Eesti_Rahvusfond, lk 90
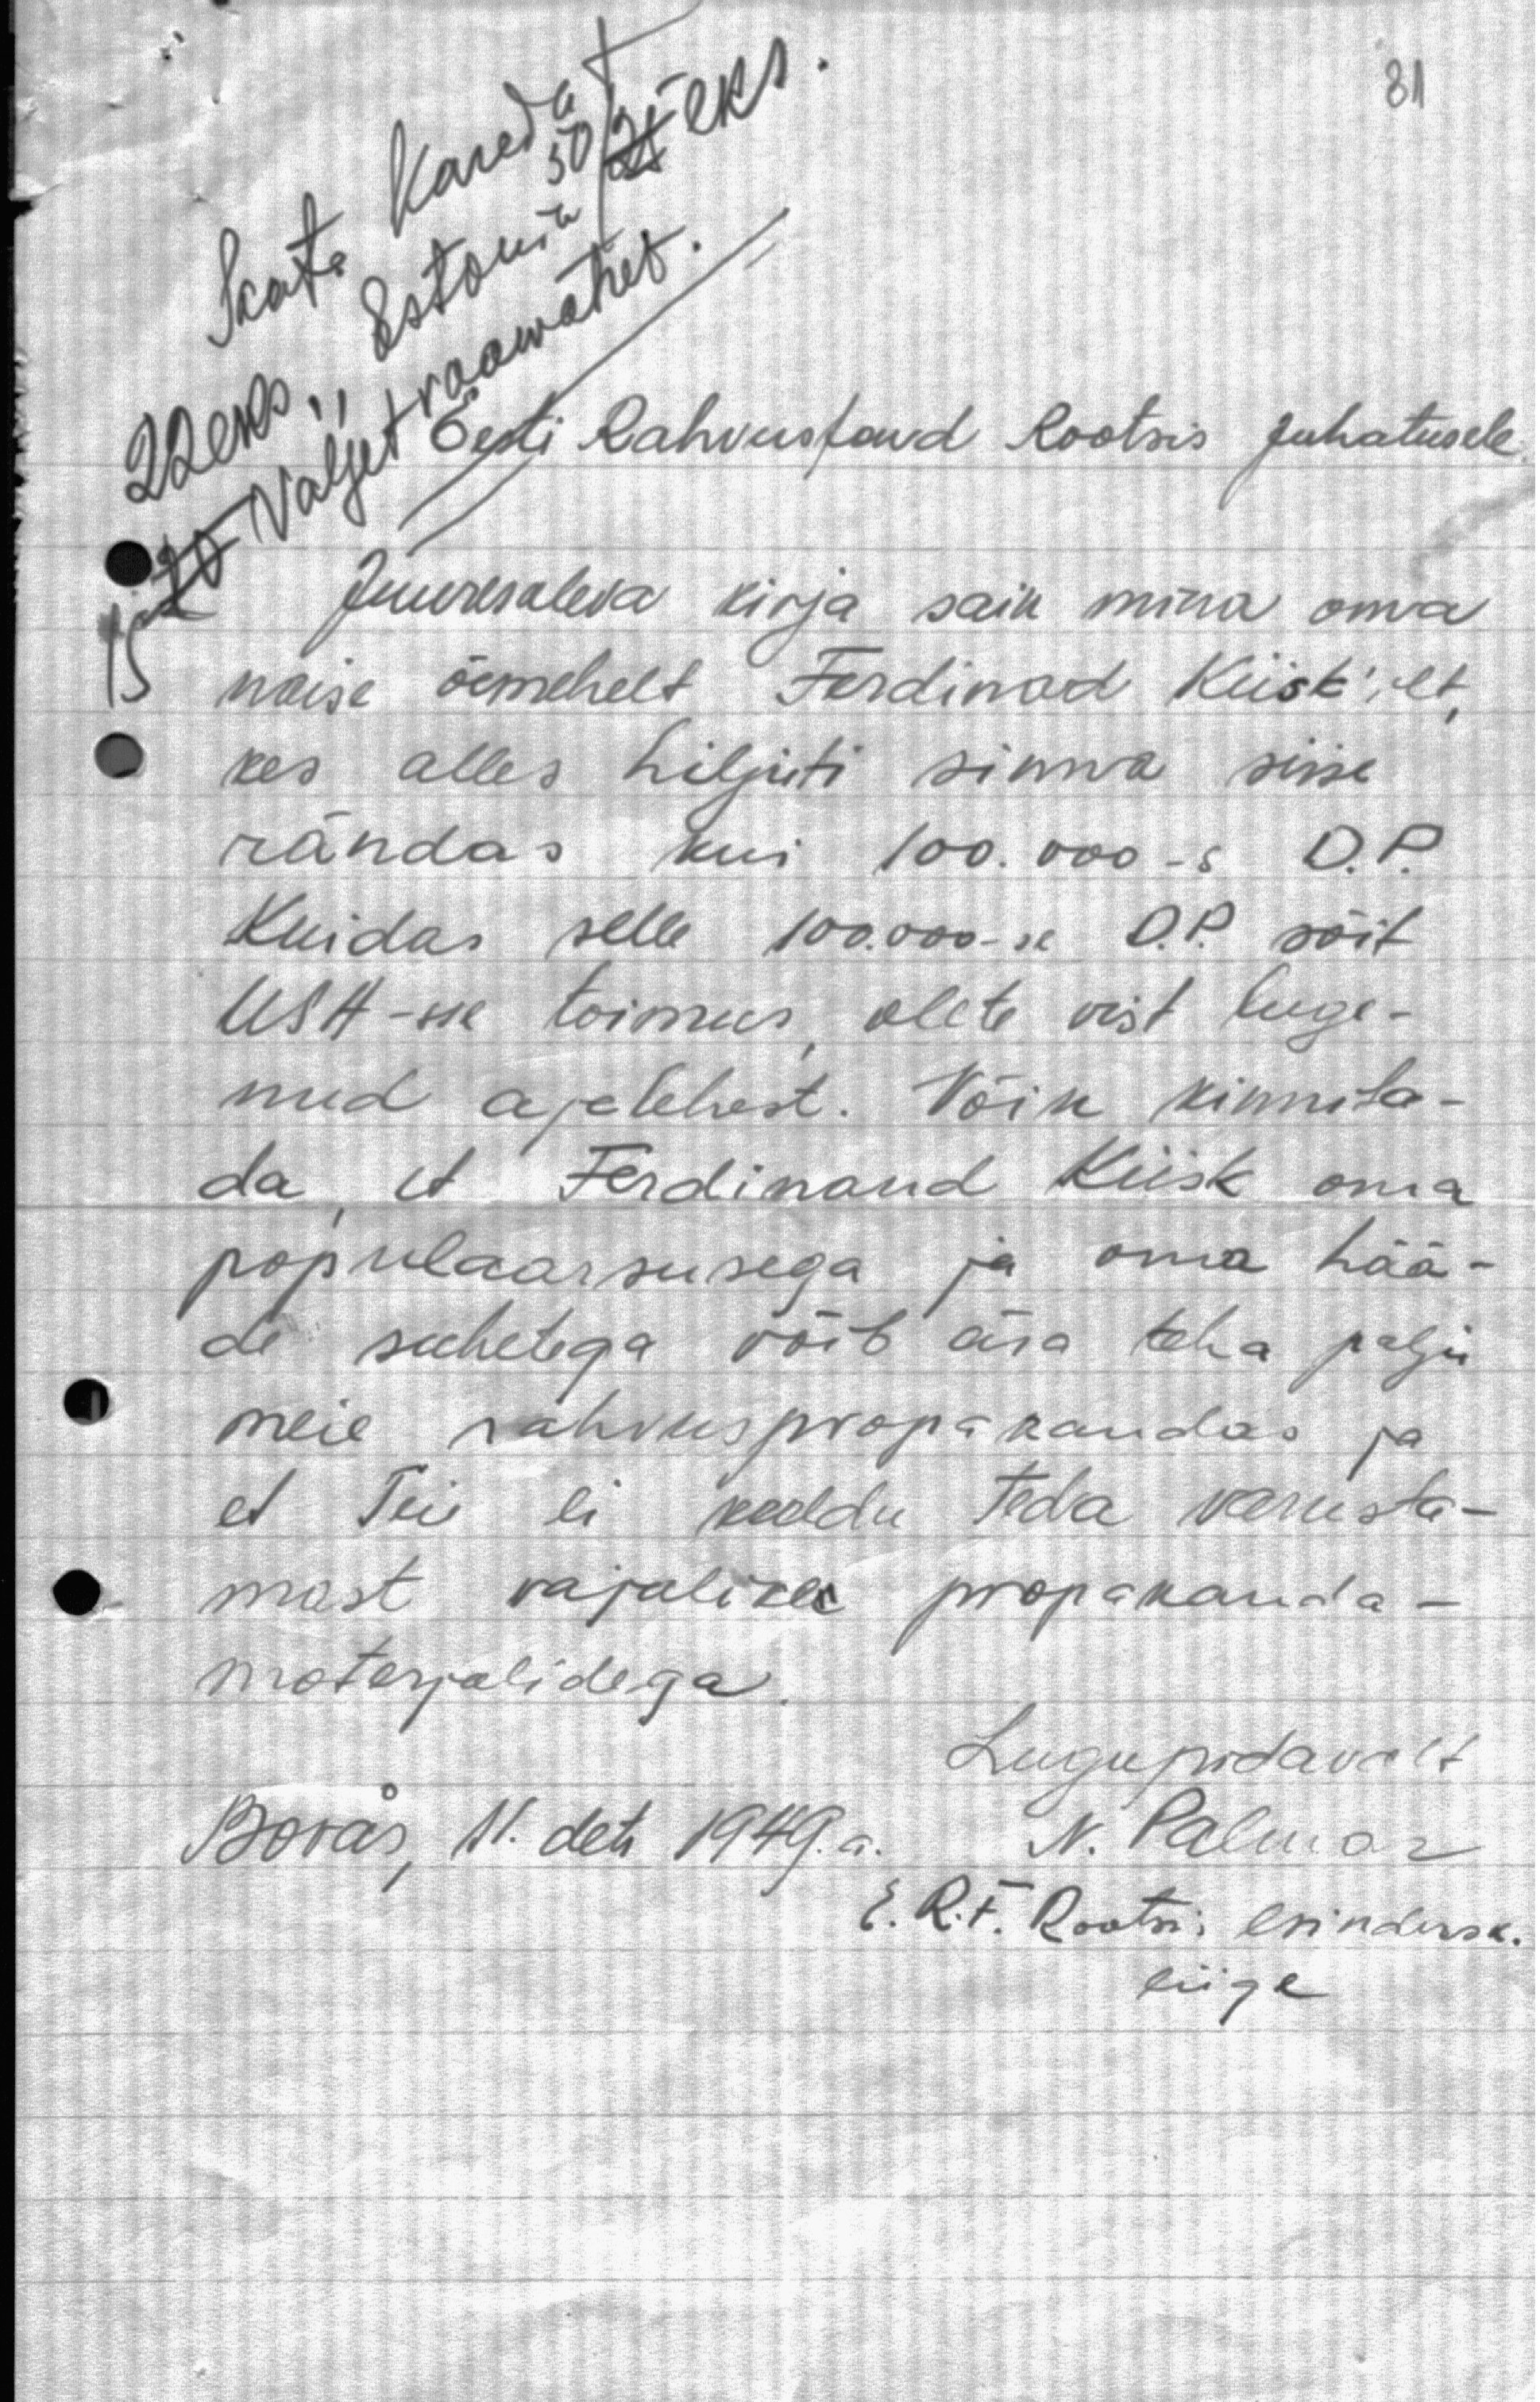
Saata Karedat
22 eks, Estonia 50 eks
ja valjet raawahes
Eesti Rahvustand Rootsis Juhatusele
Juuresoleva kirja sain mina oma
naine õemehelt Ferdinand Kiisk'ilt
kes alles hiljuti sinna siise
rändas kui 100.000-s. D.P
Kuidas selle 100.000-se D.P sõit
USA-sse toimus, olete vist luge-
nud ajalehest. Võin kinnita-
da, et Ferdinand Kiisk oma
populaarsusega ja oma hää-
de suhetega võib ära teha palju
meie rahvuspropakandas ja
et Teie ei keeldu teda varusta-
mast vajalike propaganda-
materjalidega.
Lugupidavalt
Boräs, 11. dets 1949. a. N. Palmar
E. R.F. Rootsi, esindusk.
liige